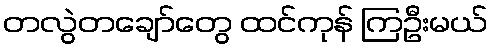
တလွဲတချော်တွေ ထင်ကုန် ကြဦးမယ်